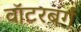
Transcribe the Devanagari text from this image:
वॉटरबर्ग